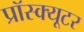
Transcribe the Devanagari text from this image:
प्रॉस्क्यूटर